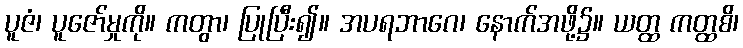
ပူဇံ၊ ပူဇော်မှုကို။ ကတွာ၊ ပြုပြီး၍။ အပရဘာဂေ၊ နောက်အဖို့၌။ ယတ္ထ ကတ္ထစိ၊